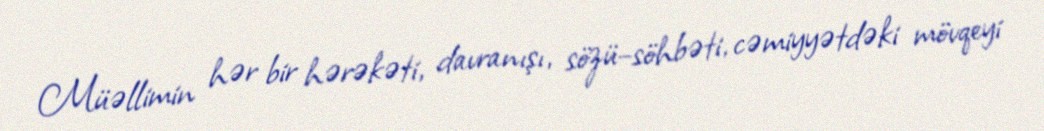
Müəllimin hər bir hərəkəti, davranışı, sözü–söhbəti, cəmiyyətdəki mövqeyi